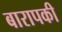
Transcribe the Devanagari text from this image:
बारापकी